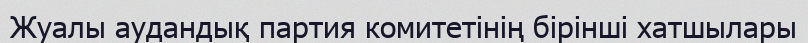
Жуалы аудандық партия комитетінің бірінші хатшылары